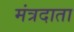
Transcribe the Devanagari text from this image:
मंत्रदाता